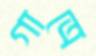
গাত্রে